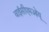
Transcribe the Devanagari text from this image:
वाईसीएमओयू